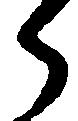
郎